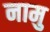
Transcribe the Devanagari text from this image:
नामु